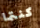
كنتما